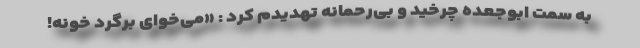
به سمت ابوجعده چرخید و بی‌رحمانه تهدیدم کرد : «می‌خوای برگرد خونه!